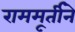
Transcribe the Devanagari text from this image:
राममूर्तीने